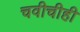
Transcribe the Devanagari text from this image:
चवीचीही